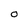
Character: O